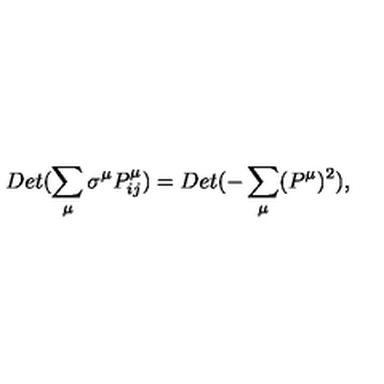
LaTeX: D e t ( \sum _ { \mu } \sigma ^ { \mu } P _ { i j } ^ { \mu } ) = D e t ( - \sum _ { \mu } ( P ^ { \mu } ) ^ { 2 } ) ,